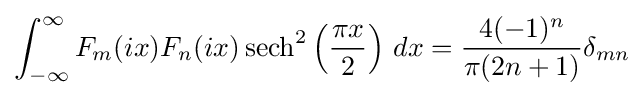
\int _{-\infty }^{\infty }F_{m}(ix)F_{n}(ix)\operatorname {sech} ^{2}\left({\frac {\pi x}{2}}\right)\,dx={\frac {4(-1)^{n}}{\pi (2n+1)}}\delta _{mn}